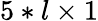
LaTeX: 5*l\times 1